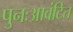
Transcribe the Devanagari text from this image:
पुनःआवंटित